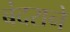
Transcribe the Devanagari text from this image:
बंदराने